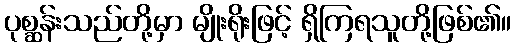
ပုစ္ဆန်းသည်တို့မှာ မျိုးရိုးဖြင့် ရှိကြရသူတို့ဖြစ်၏။